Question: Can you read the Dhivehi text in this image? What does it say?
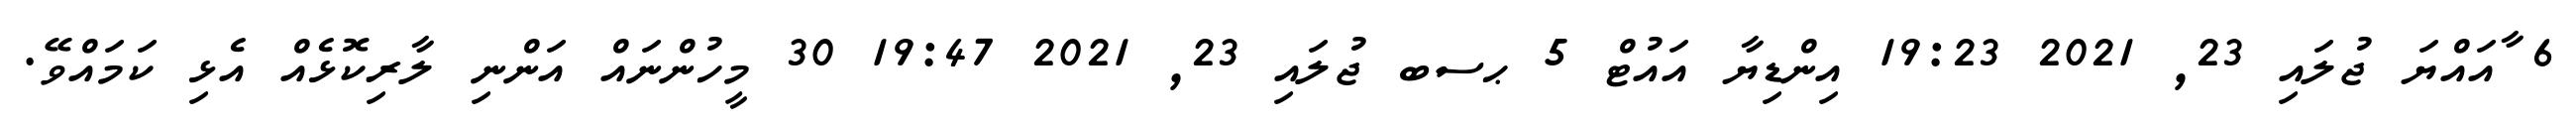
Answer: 6 ާއައްޔަ ޖުލައި 23, 2021 19:23 އިންޑިޔާ އައުޓް 5 ޙސބ ޖުލައި 23, 2021 19:47 30 މީހުންނައް އަންނި ލާރިކޮޅެއް އެޅި ކަމައްވޭ.